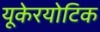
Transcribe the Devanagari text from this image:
यूकेरयोटिक